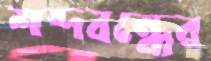
শব্দবন্ধের